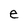
Character: e